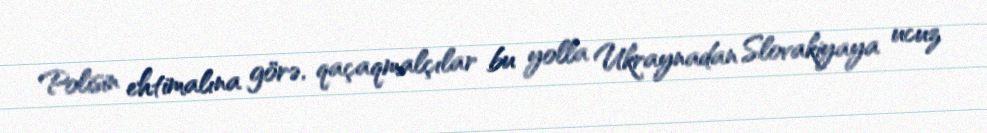
Polisin ehtimalına görə, qaçaqmalçılar bu yolla Ukraynadan Slovakiyaya ucuz